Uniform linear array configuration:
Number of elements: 48
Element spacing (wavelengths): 0.25
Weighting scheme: uniform
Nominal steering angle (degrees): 45
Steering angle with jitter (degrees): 45.661
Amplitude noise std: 0.05
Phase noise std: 0.05

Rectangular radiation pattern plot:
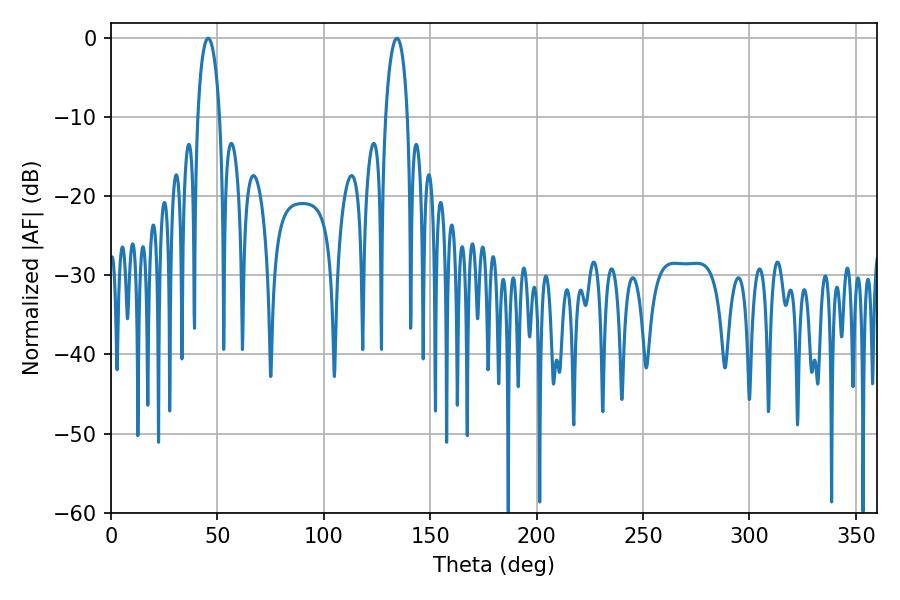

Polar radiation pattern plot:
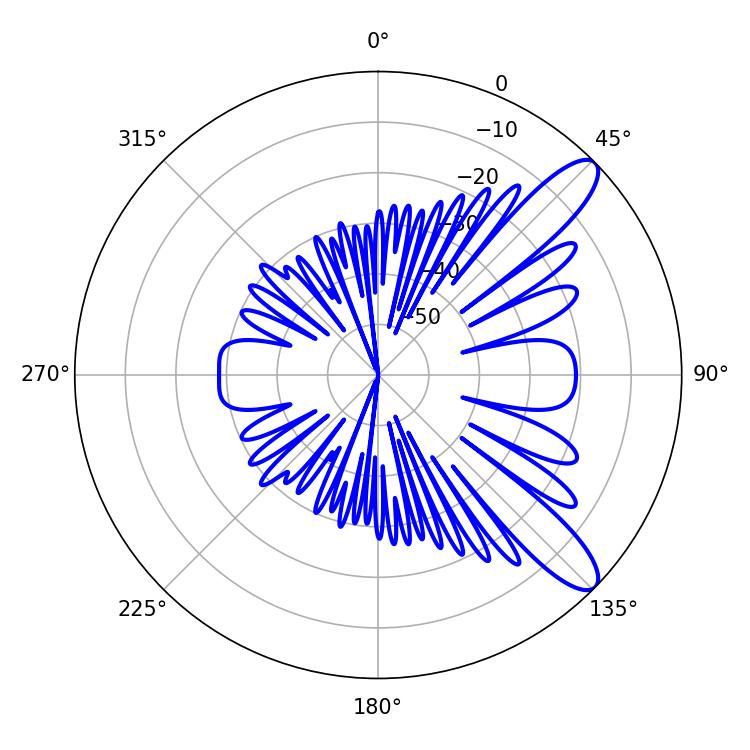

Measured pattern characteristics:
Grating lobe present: FALSE
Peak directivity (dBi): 10.7
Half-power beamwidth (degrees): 5.76
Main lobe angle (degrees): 45.72